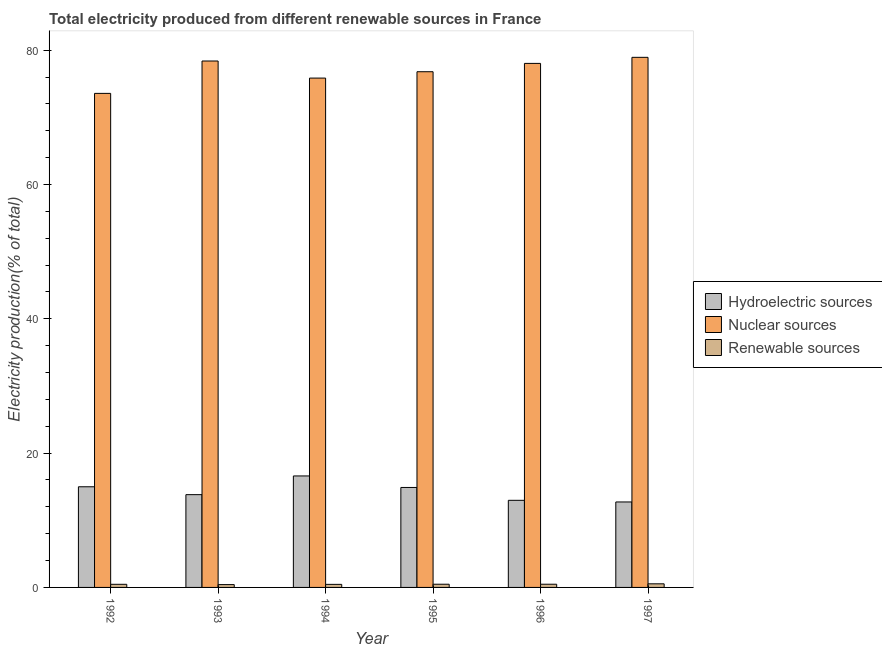
| Year | Hydroelectric sources | Nuclear sources | Renewable sources |
 | --- | --- | --- | --- |
 | 1992 | 15 | 73.6 | 0.464 |
 | 1993 | 13.8 | 78.4 | 0.421 |
 | 1994 | 16.6 | 75.9 | 0.456 |
 | 1995 | 14.9 | 76.8 | 0.475 |
 | 1996 | 13 | 78 | 0.477 |
 | 1997 | 12.7 | 78.9 | 0.537 |